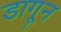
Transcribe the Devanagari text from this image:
डागून